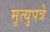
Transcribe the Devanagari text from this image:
मृत्युपत्रे